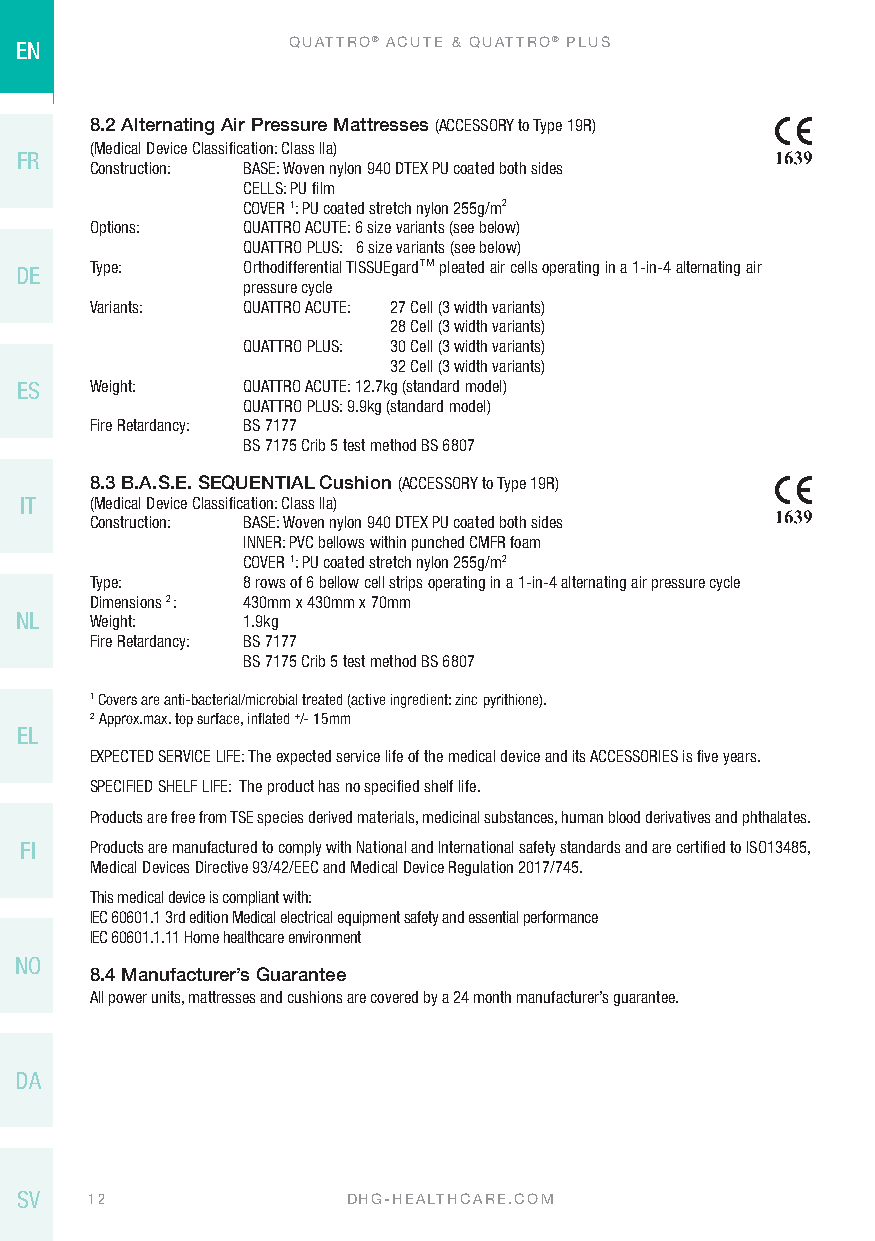
EN                QUATTRO® ACUTE & QUATTRO® PLUS
 8.2 Alternating Air Pressure Mattresses (ACCESSORY to Type 19R)
 (Medical Device Classification: Class IIa)
 FR
 Construction: BASE: Woven nylon 940 DTEX PU coated both sides
 CELLS: PU film
 COVER 1: PU coated stretch nylon 255g/m2
 Options:  QUATTRO ACUTE: 6 size variants (see below)
 QUATTRO PLUS: 6 size variants (see below)
 DE   Type:     Orthodifferential TISSUEgard™ pleated air cells operating in a 1-in-4 alternating air
 pressure cycle
 Variants: QUATTRO ACUTE: 27 Cell (3 width variants)
 28 Cell (3 width variants)
 QUATTRO PLUS: 30 Cell (3 width variants)
 32 Cell (3 width variants)
 ES   Weight:   QUATTRO ACUTE: 12.7kg (standard model)
 QUATTRO PLUS: 9.9kg (standard model)
 Fire Retardancy: BS 7177
 BS 7175 Crib 5 test method BS 6807
 8.3 B.A.S.E. SEQUENTIAL Cushion (ACCESSORY to Type 19R)
 IT   (Medical Device Classification: Class IIa)
 Construction: BASE: Woven nylon 940 DTEX PU coated both sides
 INNER: PVC bellows within punched CMFR foam
 COVER 1: PU coated stretch nylon 255g/m2
 Type:     8 rows of 6 bellow cell strips operating in a 1-in-4 alternating air pressure cycle
 Dimensions 2 : 430mm x 430mm x 70mm
 NL   Weight:   1.9kg
 Fire Retardancy: BS 7177
 BS 7175 Crib 5 test method BS 6807
 1 Covers are anti-bacterial/microbial treated (active ingredient: zinc pyrithione).
 2 Approx.max. top surface, inflated +/- 15mm
 EL
 EXPECTED SERVICE LIFE: The expected service life of the medical device and its ACCESSORIES is five years.
 SPECIFIED SHELF LIFE: The product has no specified shelf life.
 Products are free from TSE species derived materials, medicinal substances, human blood derivatives and phthalates.
 FI   Products are manufactured to comply with National and International safety standards and are certified to ISO13485,
 Medical Devices Directive 93/42/EEC and Medical Device Regulation 2017/745.
 This medical device is compliant with:
 IEC 60601.1 3rd edition Medical electrical equipment safety and essential performance
 IEC 60601.1.11 Home healthcare environment
 NO
 8.4 Manufacturer’s Guarantee
 All power units, mattresses and cushions are covered by a 24 month manufacturer’s guarantee.
 DA
 SV   12               DHG-HEALTHCARE.COM